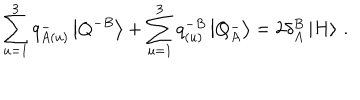
LaTeX: \sum _ { u = 1 } ^ { 3 } q _ { A ( u ) } ^ { - } \left| Q ^ { - B } \right> + \sum _ { u = 1 } ^ { 3 } q _ { ( u ) } ^ { - B } \left| Q _ { A } ^ { - } \right> = 2 \delta _ { A } ^ { B } \left| H \right> \, .